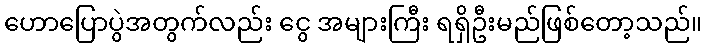
ဟောပြောပွဲအတွက်လည်း ငွေ အများကြီး ရရှိဦးမည်ဖြစ်တော့သည်။